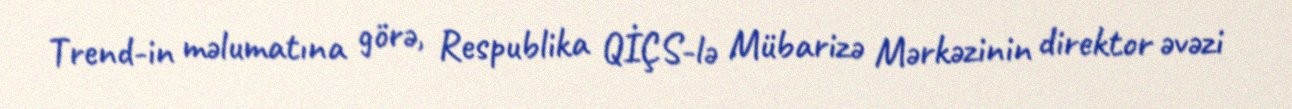
Trend-in məlumatına görə, Respublika QİÇS-lə Mübarizə Mərkəzinin direktor əvəzi